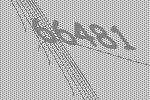
66481